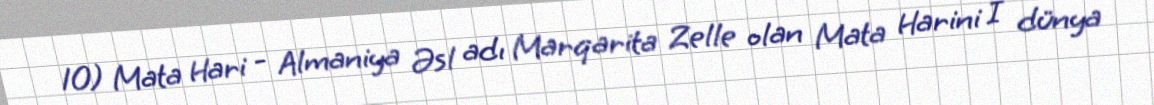
10) Mata Hari - Almaniya Əsl adı Marqarita Zelle olan Mata Harini I dünya